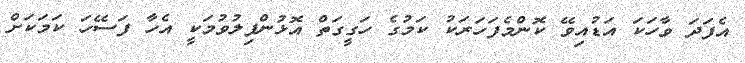
އެފަދަ ވާހަކަ އަޑުއިވޭ ކޮންމެފަހަރަކު ކަމުގެ ހަގީގަތް އޮޅުންފިލުވުމަކީ އެހާ ފަސޭހަ ކަމަކަށް